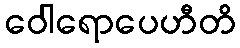
ဝေါရောပေဟီတိ